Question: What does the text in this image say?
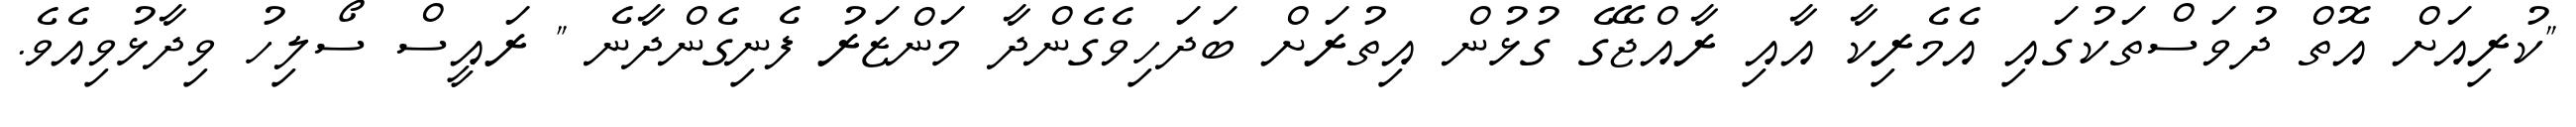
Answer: "ކުރިއަށް އޮތް ދުވަސްތަކުގައި އެމެރިކާ އާއި ރާއްޖޭގެ ގުޅުން އިތުރަށް ބަދަހިވެގެންދާ މަންޒަރު ފެނިގެންދާނެ " ރައީސް ސޯލިހު ވިދާޅުވިއެވެ.